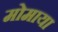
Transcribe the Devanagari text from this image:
मोमाया